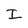
Character: I